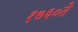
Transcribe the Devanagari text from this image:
१७६०ते